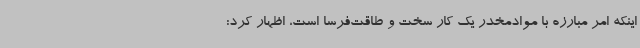
اینکه امر مبارزه با موادمخدر یک کار سخت و طاقت‌فرسا است، اظهار کرد: